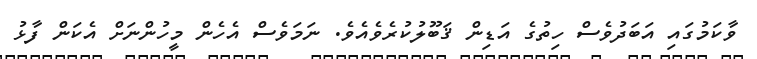
ވާކަމުގައި އަބަދުވެސް ހިތުގެ އަޑިން ޤަބޫލުކުރެވެއެވެ. ނަމަވެސް އެހެން މީހުންނަށް އެކަން ފާޅު